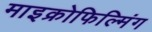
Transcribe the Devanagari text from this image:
माइक्रोफिल्मिंग